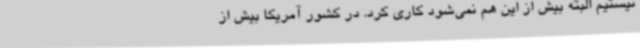
نیستیم البته بیش از این هم نمی‌شود کاری کرد. در کشور آمریکا بیش از